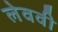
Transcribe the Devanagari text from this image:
लेववी